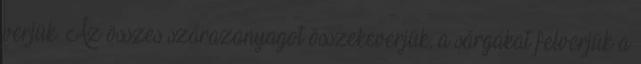
verjük. Az összes szárazanyagot összekeverjük, a sárgákat felverjük a